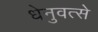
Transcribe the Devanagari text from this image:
धेनुवत्से